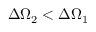
\Delta \Omega _ { 2 } < \Delta \Omega _ { 1 }